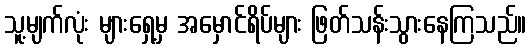
သူ့မျက်လုံး များရှေ့မှ အမှောင်ရိပ်များ ဖြတ်သန်းသွားနေကြသည်။